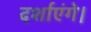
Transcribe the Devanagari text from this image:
दर्शाएंगे।